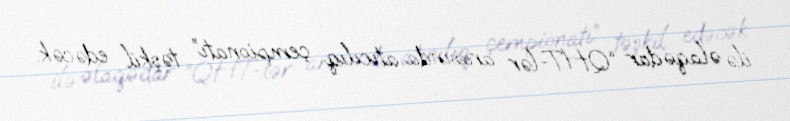
ilə əlaqədar “QHT-lər arasında atıcılıq çempionatı” təşkil edəcək.